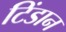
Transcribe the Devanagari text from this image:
टिंडान